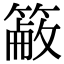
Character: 𥲖